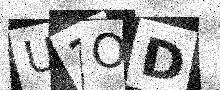
Text: U3OD